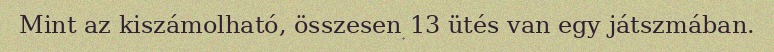
Mint az kiszámolható, összesen 13 ütés van egy játszmában.